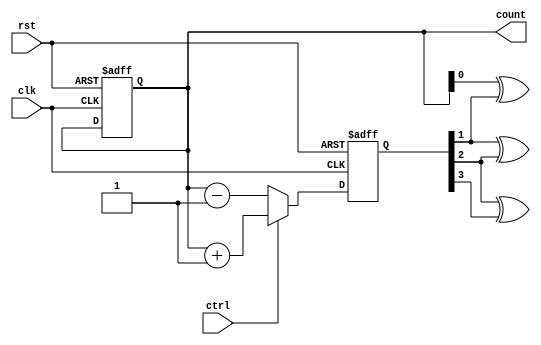
module gray_counter (
    input wire clk,            // Clock input
    input wire rst,            // Reset input
    input wire ctrl,           // Control input for up/down counting
    output reg [3:0] count     // 4-bit Gray code counter output
);

reg [3:0] next_state;

always @(posedge clk or posedge rst) begin
    if (rst) begin
        count <= 4'b0000;     // Reset counter to 0 on reset signal
        next_state <= 4'b0000;
    end
    else begin
        if (ctrl) begin
            // Count up
            next_state <= count + 1;    // Increment counter by 1
        end
        else begin
            // Count down
            next_state <= count - 1;    // Decrement counter by 1
        end
    end
end

always @* begin
    // Convert binary count to Gray code
    count[0] = next_state[0];
    count[1] = next_state[0] ^ next_state[1];
    count[2] = next_state[1] ^ next_state[2];
    count[3] = next_state[2] ^ next_state[3];
end

endmodule